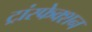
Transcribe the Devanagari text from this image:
ट्रांस्फेक्शन